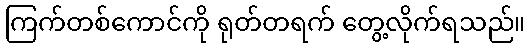
ကြက်တစ်ကောင်ကို ရုတ်တရက် တွေ့လိုက်ရသည်။